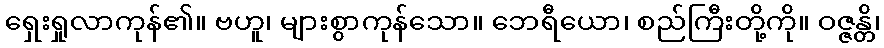
ရှေးရှုလာကုန်၏။ ဗဟူ၊ များစွာကုန်သော။ ဘေရီယော၊ စည်ကြီးတို့ကို။ ဝဇ္ဇန္တိ၊